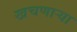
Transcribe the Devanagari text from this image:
खचणार्‍या